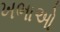
ખભાઓ